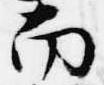
南